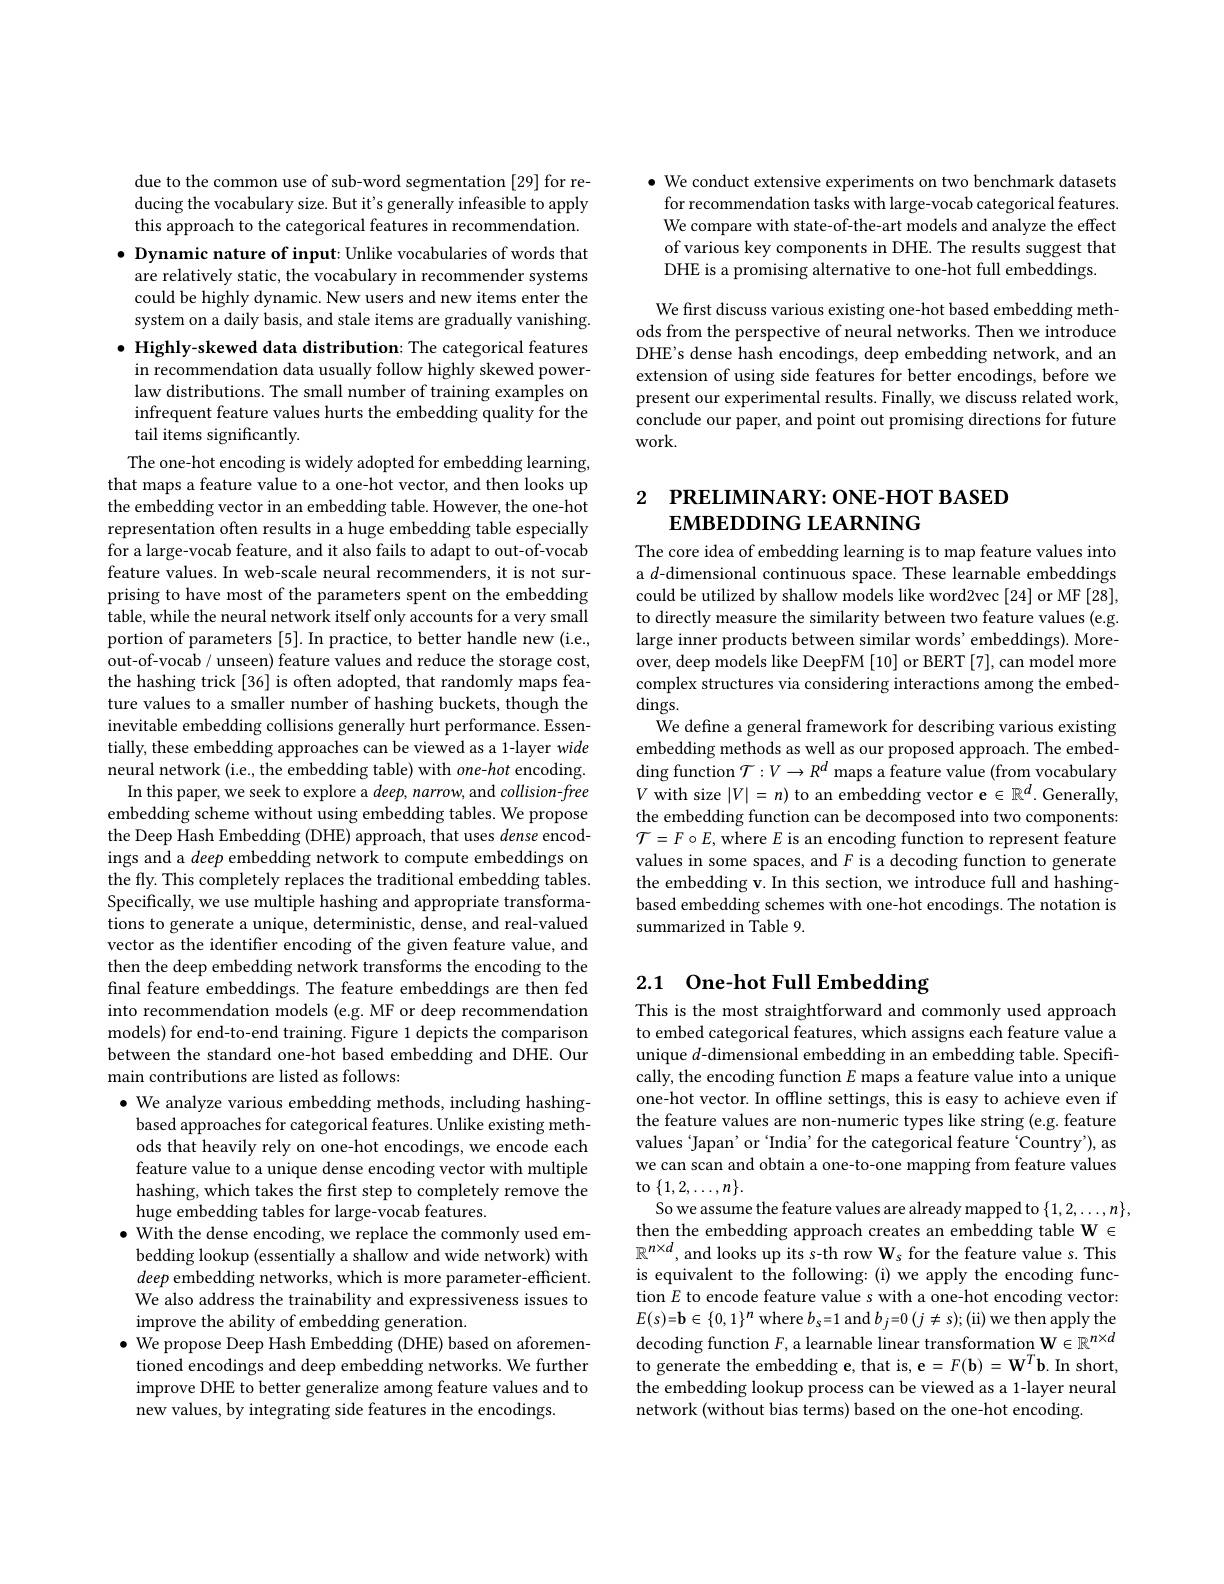
due to the common use of sub-word segmentation [29] for reducing the vocabulary size. But it's generally infeasible to apply this approach to the categorical features in recommendation.
$\bullet$ Dynamic nature of input: Unlike vocabularies of words that
are relatively static, the vocabulary in recommender systems could be highly dynamic. New users and new items enter the system on a daily basis, and stale items are gradually vanishing
$\bullet$ Highly-skewed data distribution: The categorical features
in recommendation data usually follow highly skewed powerlaw distributions. The small number of training examples on infrequent feature values hurts the embedding quality for the tail items significantly.
The one-hot encoding is widely adopted for embedding learning, that maps a feature value to a one-hot vector, and then looks up the embedding vector in an embedding table. However, the one-hot representation often results in a huge embedding table especially for a large-vocab feature, and it also fails to adapt to out-of-vocab feature values. In web-scale neural recommenders, it is not surprising to have most of the parameters spent on the embedding table, while the neural network itself only accounts for a very small portion of parameters [5]. In practice, to better handle new (i.e., out-of-vocab / unseen) feature values and reduce the storage cost, the hashing trick[36] is often adopted, that randomly maps feature values to a smaller number of hashing buckets, though the inevitable embedding collisions generally hurt performance. Essentially, these embedding approaches can be viewed as a 1-layer wide neural network (i.e., the embedding table) with one-hot encoding.
In this paper, we seek to explore a $deep, \textit{narrow, and collision- free}$ embedding scheme without using embedding tables. We propose the Deep Hash Embedding (DHE) approach, that uses dense encodings and a deep embedding network to compute embeddings on the fly. This completely replaces the traditional embedding tables. Specifically, we use multiple hashing and appropriate transformations to generate a unique, deterministic, dense, and real-valued vector as the identifier encoding of the given feature value, and then the deep embedding network transforms the encoding to the final feature embeddings. The feature embeddings are then fed into recommendation models (e.g. MF or deep recommendation models) for end-to-end training. Figure 1 depicts the comparison between the standard one-hot based embedding and DHE. Our main contributions are listed as follows:
$\bullet$ We analyze various embedding methods, including hashingbased approaches for categorical features. Unlike existing methods that heavily rely on one-hot encodings, we encode each feature value to a unique dense encoding vector with multiple hashing, which takes the first step to completely remove the huge embedding tables for large-vocab features.
$\bullet$ With the dense encoding, we replace the commonly used embedding lookup (essentially a shallow and wide network) with deep embedding networks, which is more parameter-efficient. We also address the trainability and expressiveness issues to improve the ability of embedding generation.
$\bullet$ We propose Deep Hash Embedding (DHE) based on aforemen-
tioned encodings and deep embedding networks. We further improve DHE to better generalize among feature values and to new values, by integrating side features in the encodings

$\bullet$ We conduct extensive experiments on two benchmark datasets
for recommendation tasks with large-vocab categorical features. We compare with state-of-the-art models and analyze the effect of various key components in DHE. The results suggest that DHE is a promising alternative to one-hot full embeddings.

We first discuss various existing one-hot based embedding methods from the perspective of neural networks. Then we introduce DHE's dense hash encodings, deep embedding network, and an extension of using side features for better encodings, before we present our experimental results. Finally, we discuss related work, conclude our paper, and point out promising directions for future work.

# 2 РRELIМINARY: ONE-HOT BASED $EMBEDDING$ LEARNING

The core idea of embedding learning is to map feature values into a $d$-dimensional continuous space. These learnable embeddings could be utilized by shallow models like word2vec [24] or MF [28], to directly measure the similarity between two feature values (e.g. large inner products between similar words' embeddings). Moreover, deep models like DeepFM [10] or BERT [7],can model more complex structures via considering interactions among the embed- $\dim$gs.
We define a general framework for describing various existing embedding methods as well as our proposed approach. The embed- $\operatorname{ding}\operatorname{function}\mathcal{T}:V\to R^d$ maps a feature value (from vocabulary $V$ with size $|V|=n)$ to an embedding vector e $\in\mathbb{R}^d.$ Generally, the embedding function can be decomposed into two components: $\mathcal{T}=F\circ E$, where $E$ is an encoding function to represent feature values in some spaces, and F is a decoding function to generate the embedding v. In this section, we introduce full and hashingbased embedding schemes with one-hot encodings. The notation is summarized in Table 9.

# 2.1 One-hot Full Embedding

This is the most straightforward and commonly used approach to embed categorical features, which assigns each feature value a unique $d$-dimensional embedding in an embedding table. Specifically, the encoding function $E$ maps a feature value into a unique one-hot vector. In offline settings, this is easy to achieve even if the feature values are non-numeric types like string (e.g. feature values 'Japan' or 'India' for the categorical feature 'Country'), as we can scan and obtain a one-to-one mapping from feature values to$\{1,2,\ldots,n\}.$
So we assume the feature values are already mapped to $\{1,2,\ldots,n\}$, then the embedding approach creates an embedding table W $\in$ $\mathbb{R}^{n\times d}$, and looks up its s-th row W$_s$ for the feature value s. This is equivalent to the following:(i) we apply the encoding function $E$ to encode feature value s with a one-hot encoding vector: $E(s)=\mathbf{b}\in\{0,1\}^{n}$ where $b_s=1$ and $b_j=0(j\neq s);($ii) we then apply the decoding function $F$, a learnable linear transformation W$\in\mathbb{R}^n\times d$ to generate the embedding e, that is, e $=F(\mathbf{b})=\mathbf{W}^{T}\mathbf{b}.$ In short, the embedding lookup process can be viewed as a 1-layer neural network (without bias terms) based on the one-hot encoding